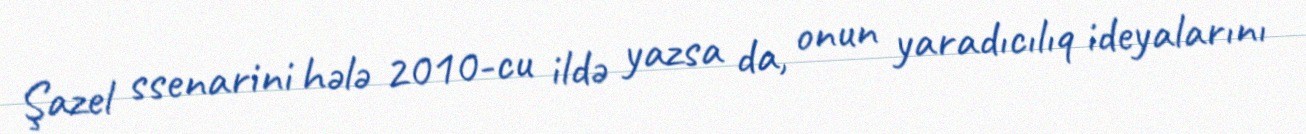
Şazel ssenarini hələ 2010-cu ildə yazsa da, onun yaradıcılıq ideyalarını